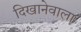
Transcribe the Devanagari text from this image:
दिखानेवाला